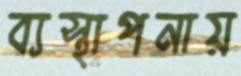
ব্যস্থাপনায়